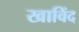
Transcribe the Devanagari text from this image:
खाविंद